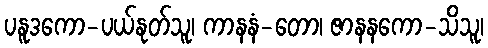
ပနူဒကော-ပယ်နုတ်သူ၊ ကာနနံ-တော၊ ဇာနနကော-သိသူ၊